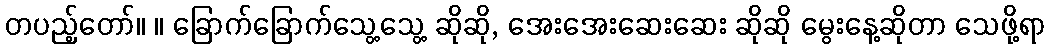
တပည့်တော်။ ။ ခြောက်ခြောက်သွေ့သွေ့ ဆိုဆို, အေးအေးဆေးဆေး ဆိုဆို မွေးနေ့ဆိုတာ သေဖို့ရာ